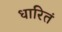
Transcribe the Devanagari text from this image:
धारितं